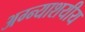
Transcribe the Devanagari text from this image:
अग्न्याशयीय